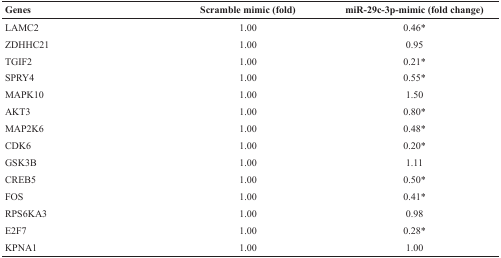
| Genes | Scramble mimic (fold) | miR-29c-3p-mimic (fold change) |
 | --- | --- | --- |
 | LAMC2 | 1.00 | 0.46* |
 | ZDHHC21 | 1.00 | 0.95 |
 | TGIF2 | 1.00 | 0.21* |
 | SPRY4 | 1.00 | 0.55* |
 | MAPK10 | 1.00 | 1.50 |
 | AKT3 | 1.00 | 0.80* |
 | MAP2K6 | 1.00 | 0.48* |
 | CDK6 | 1.00 | 0.20* |
 | GSK3B | 1.00 | 1.11 |
 | CREB5 | 1.00 | 0.50* |
 | FOS | 1.00 | 0.41* |
 | RPS6KA3 | 1.00 | 0.98 |
 | E2F7 | 1.00 | 0.28* |
 | KPNA1 | 1.00 | 1.00 |